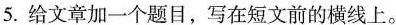
5.给文章加一个题目，写在短文前的横线上。